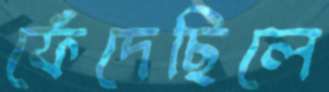
ফেঁদেছিলে